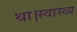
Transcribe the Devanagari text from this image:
था।स्वास्थ्य